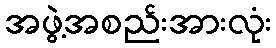
အဖွဲ့အစည်းအားလုံး